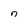
Character: 7